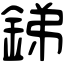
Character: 銻